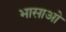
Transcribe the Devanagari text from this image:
भासाओ